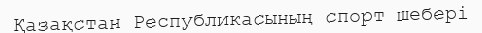
Қазақстан Республикасының спорт шебері